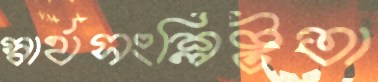
স্বার্থসংশ্লিষ্টতা